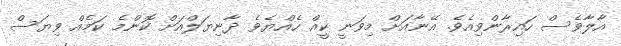
އާލާވެސް ހައިރާންވިއެވެ. އޭނާއަށް މިވަނީ ކީއް ހެއްޔެވެ ދާނިޔަލްއަށް ކޮންމެ ކަމެއް ވިޔަސް